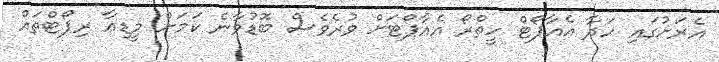
އެރަށުގައި ހަދާ އެއާޕޯޓް ހީތްރޯ އެއާޕޯޓަށް ވުރެވެސް ބޮޑުވާނެ ކަމަށް މީޑިއާ ރިޕޯޓްތައް